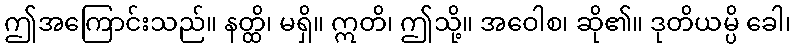
ဤအကြောင်းသည်။ နတ္ထိ၊ မရှိ။ ဣတိ၊ ဤသို့။ အဝေါစ၊ ဆို၏။ ဒုတိယမ္ပိ ခေါ၊